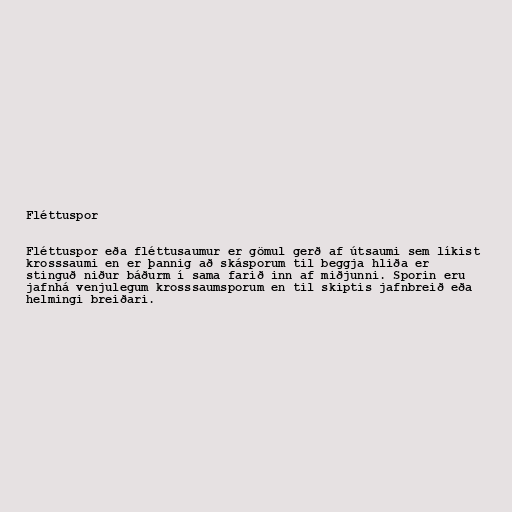
Fléttuspor

Fléttuspor eða fléttusaumur er gömul gerð af útsaumi sem líkist
krosssaumi en er þannig að skásporum til beggja hliða er
stinguð niður báðurm í sama farið inn af miðjunni. Sporin eru
jafnhá venjulegum krosssaumsporum en til skiptis jafnbreið eða
helmingi breiðari.